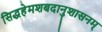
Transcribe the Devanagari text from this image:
सिद्धहेमशबदानुशासनम्